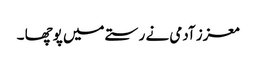
معزز آدمی نے رستے میں پوچھا ۔